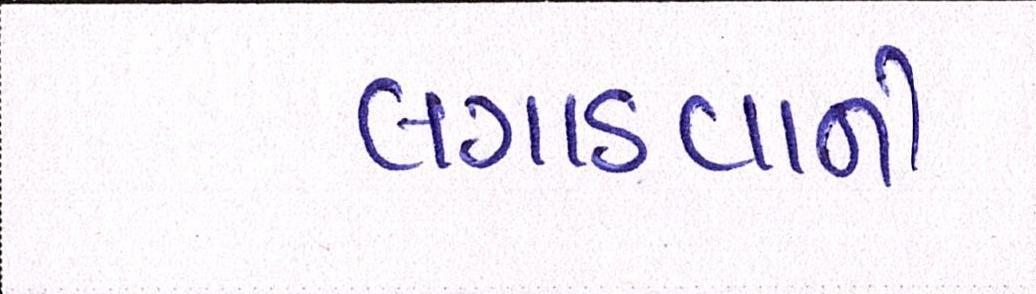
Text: લગાડવાની